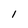
Character: 1